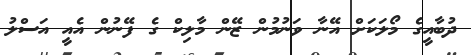
ދުބާއީގެ މޯލަކަށް އޭނާ ވަނުމުން ޒޭން މާލިކް ގެ ފޭނުން އެއީ އަސްލު